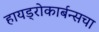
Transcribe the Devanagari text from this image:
हायड्रोकार्बन्सचा